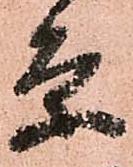
条